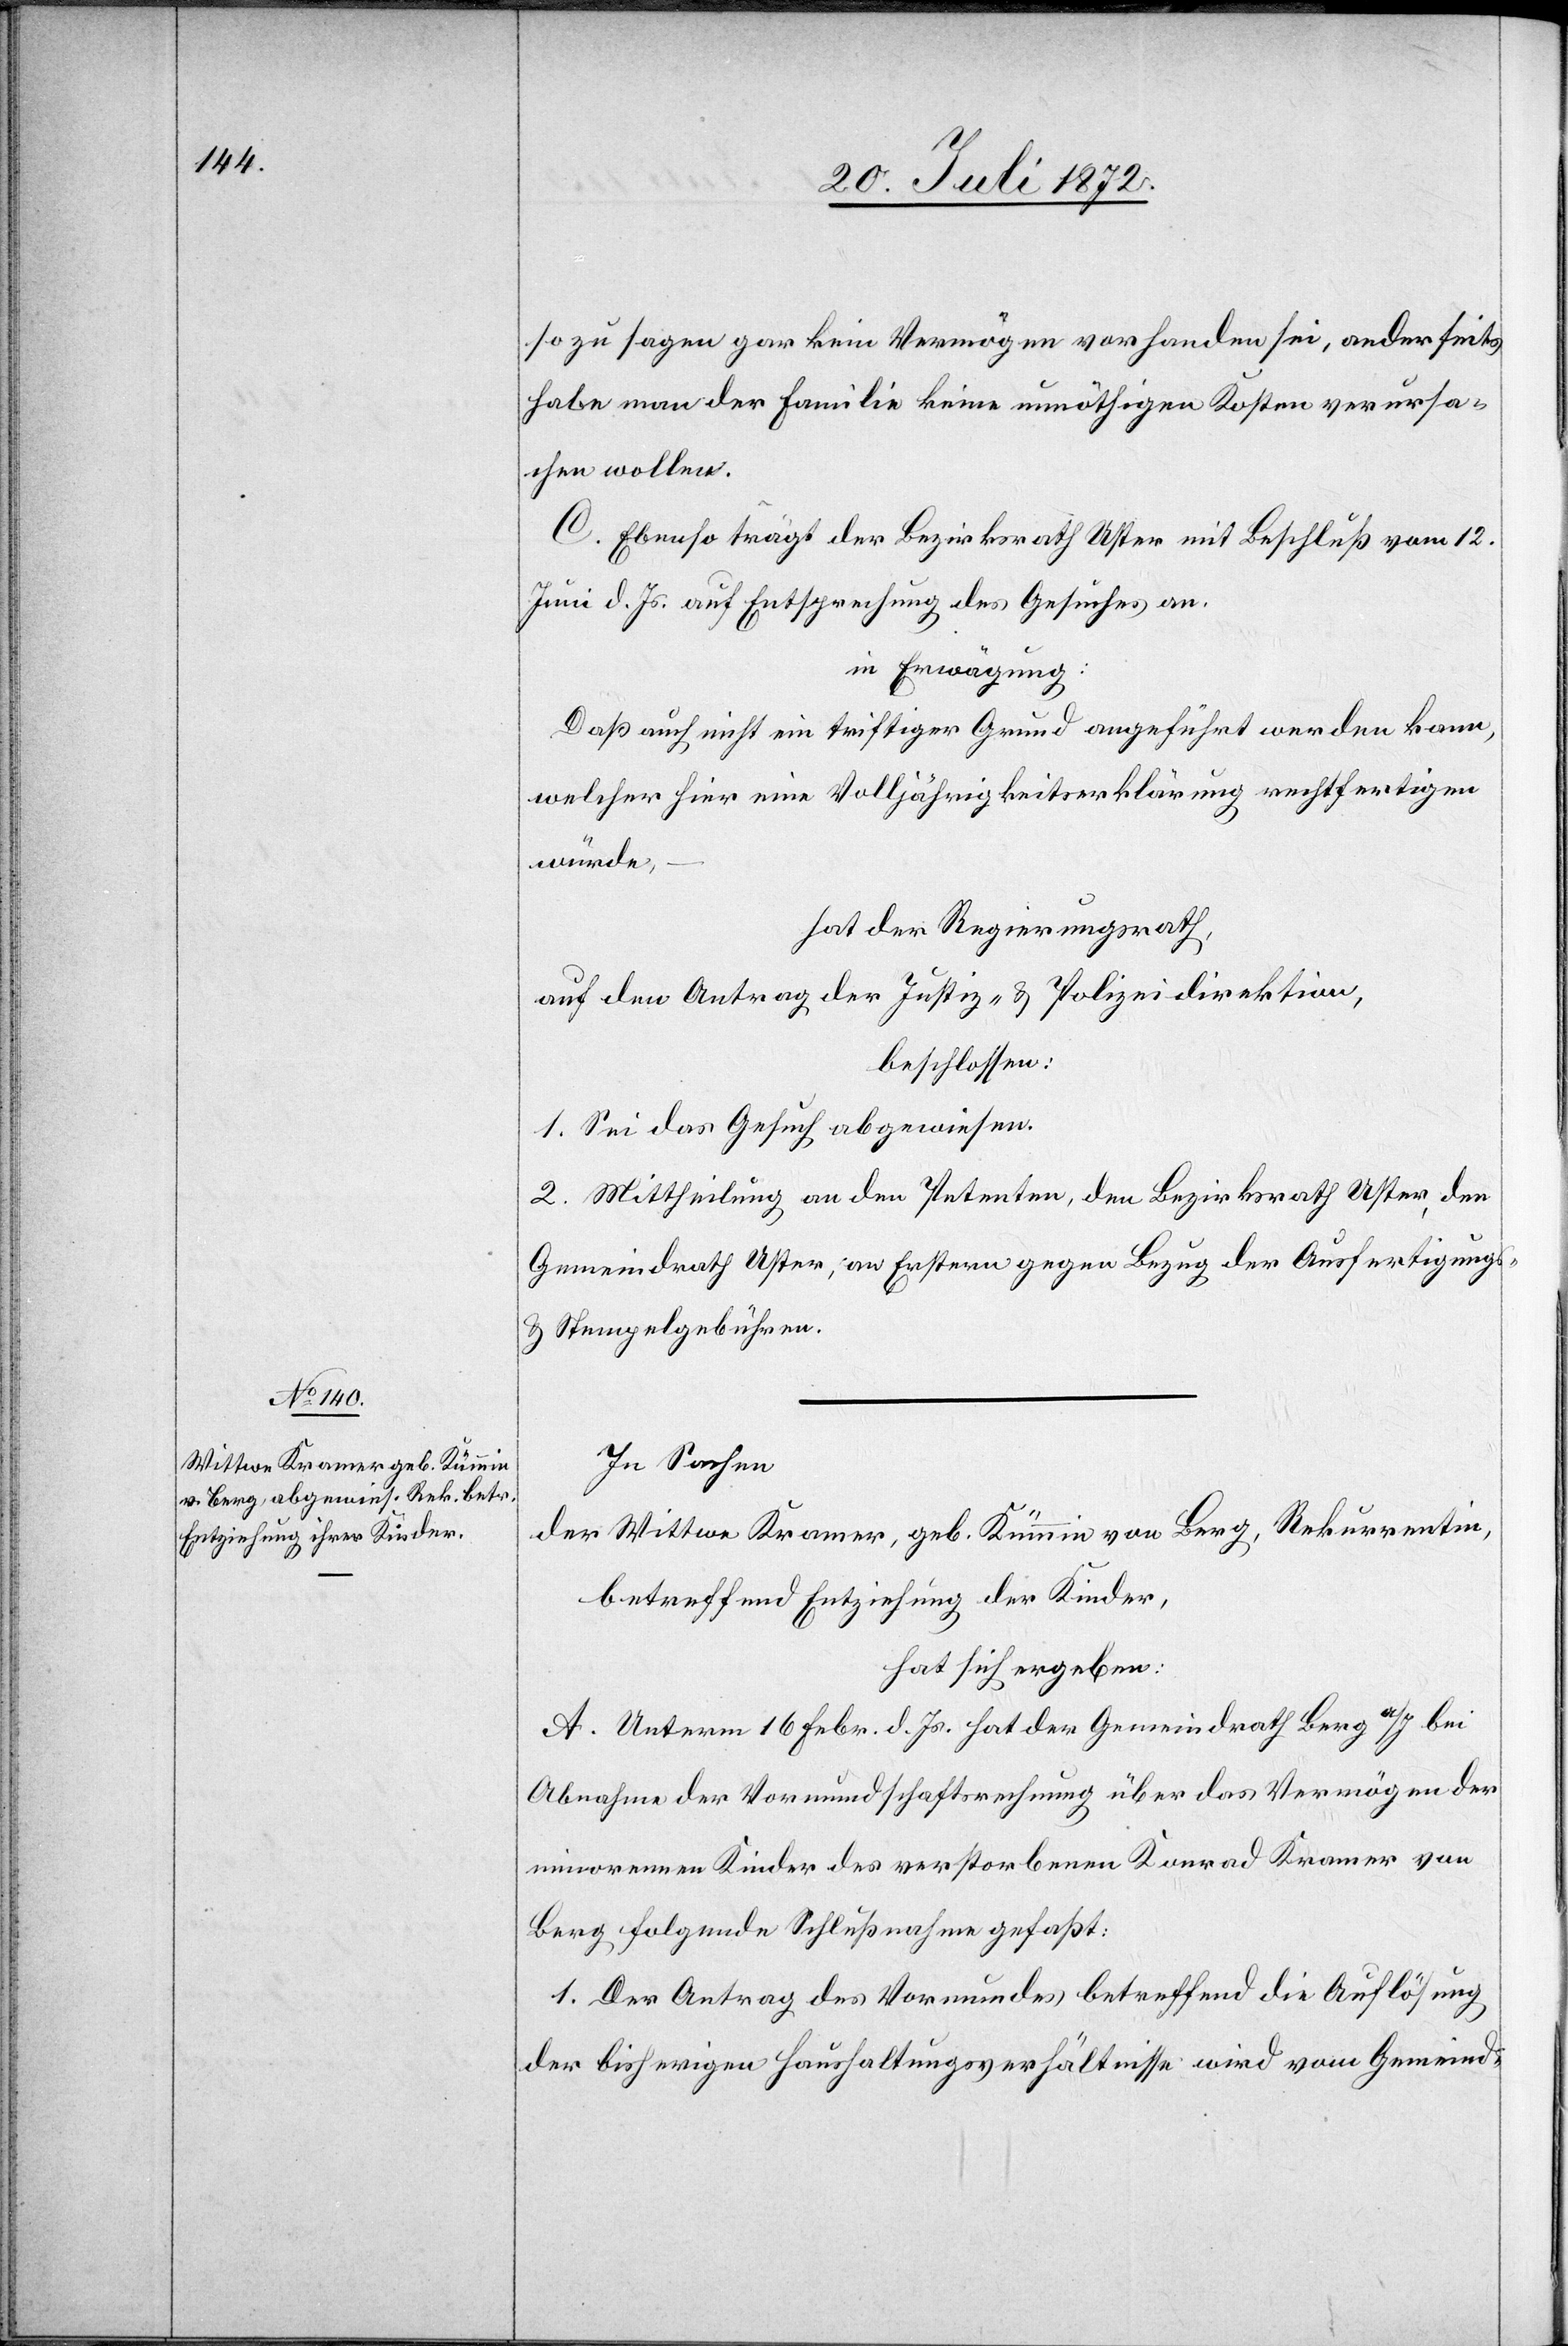
so zu sagen gar kein Vermögen vorhanden sei, anderseits
habe man der Familie keine unnöthigen Kosten verursa¬
chen wollen.
C. Ebenso trägt der Bezirksrath Uster mit Beschluß vom 12.
Juni d. Js. auf Entsprechung des Gesuches an.
in Erwägung:
Daß auch nicht ein triftiger Grund angeführt werden kann,
welcher hier eine Volljährigkeitserklärung rechtfertigen
würde,
hat der Regierungsrath,
auf den Antrag der Justiz- u. Polizeidirektion,
beschlossen:
1. Sei das Gesuch abgewiesen.
2. Mittheilung an den Petenten, den Bezirksrath Uster, den
Gemeindrath Uster, an Erstern gegen Bezug der Ausfertigungs-
u. Stempelgebühren.
In Sachen
der Wittwe Kramer, geb. Kümmin von Berg, Rekurrentin,
betreffend Entziehung der Kinder,
hat sich ergeben:
A. Unterm 16. Febr. d. Js. hat der Gemeindrath Berg a/I bei
Abnahme der Vormundschaftsrechnung über das Vermögen der
minorennen Kinder des verstorbenen Konrad Kramer von
Berg folgende Schlußnahme gefaßt:
1. Der Antrag des Vormundes betreffend die Auflösung
der bisherigen Haushaltungsverhältnisse wird vom Gemeind-